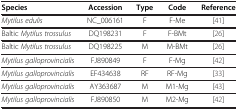
<table><thead><tr><td><b>Species</b></td><td><b>Accession</b></td><td><b>Type</b></td><td><b>Code</b></td><td><b>Reference</b></td></tr></thead><tbody><tr><td><i>Mytilus edulis</i></td><td>NC_006161</td><td>F</td><td>F-Me</td><td>[41]</td></tr><tr><td>Baltic <i>Mytilus trossulus</i></td><td>DQ198231</td><td>F</td><td>F-BMt</td><td>[26]</td></tr><tr><td>Baltic <i>Mytilus trossulus</i></td><td>DQ198225</td><td>M</td><td>M-BMt</td><td>[26]</td></tr><tr><td><i>Mytilus galloprovincialis</i></td><td>FJ890849</td><td>F</td><td>F-Mg</td><td>[42]</td></tr><tr><td><i>Mytilus galloprovincialis</i></td><td>EF434638</td><td>RF</td><td>RF-Mg</td><td>[33]</td></tr><tr><td><i>Mytilus galloprovincialis</i></td><td>AY363687</td><td>M</td><td>M1-Mg</td><td>[43]</td></tr><tr><td><i>Mytilus galloprovincialis</i></td><td>FJ890850</td><td>M</td><td>M2-Mg</td><td>[42]</td></tr></tbody></table>